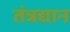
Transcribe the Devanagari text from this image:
तंत्रद्यान